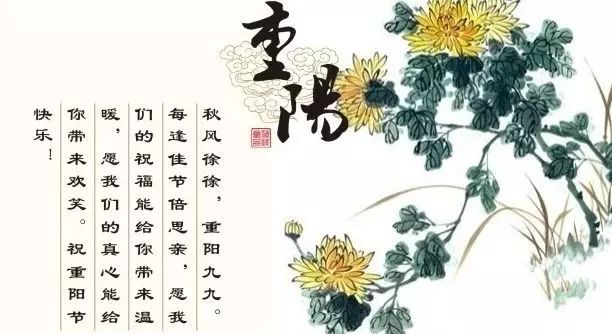
菊花何太苦，遭此两重阳？